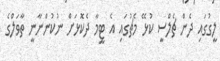
ލީގުގައި ދެން ޗެލްސީ ކުޅޭ މެޗުގައި އެ ޓީމާ ދެކޮޅަށް ނުކުންނާނީ ތާވަލްގެ